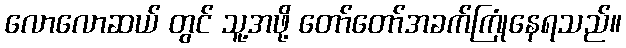
လောလောဆယ် တွင် သူ့အဖို့ တော်တော်အခက်ကြုံနေရသည်။